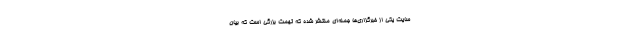
سایت یکی از خبرگزاری‌ها جمله‌ای منتشر شده که تهمت بزرگی است که بیان